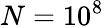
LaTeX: N=10^{8}